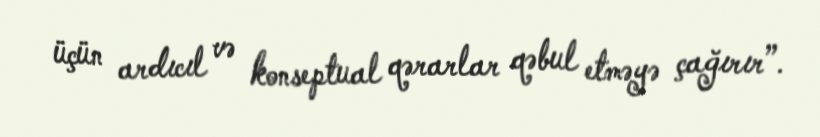
üçün ardıcıl və konseptual qərarlar qəbul etməyə çağırır”.